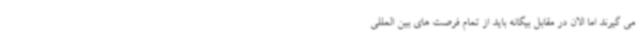
می گیرند اما الان در مقابل بیگانه باید از تمام فرصت های بین المللی